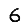
Digit: 6